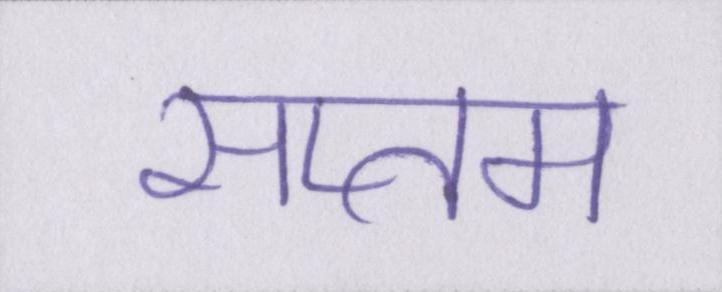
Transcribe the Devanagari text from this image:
सप्तम